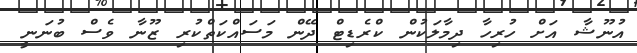
އުނޫޝާ އަށް ހުރިހާ ދިމާލަކުން ކްރެޑިޓް ދޭން މަސައްކަތްކުރި ޒޫނާ ވެސް ބުނަނީ